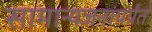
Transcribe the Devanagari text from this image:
सामान्यजनांपर्यंत